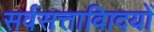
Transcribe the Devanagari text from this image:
सर्वसत्तावािदयों